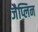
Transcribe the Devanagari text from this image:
जैप्लिन